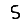
Digit: 5